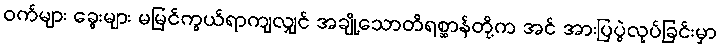
ဝက်များ ခွေးများ မမြင်ကွယ်ရာကျလျှင် အချို့သောတိရစ္ဆာန်တို့က အင် အားပြပွဲလုပ်ခြင်းမှာ